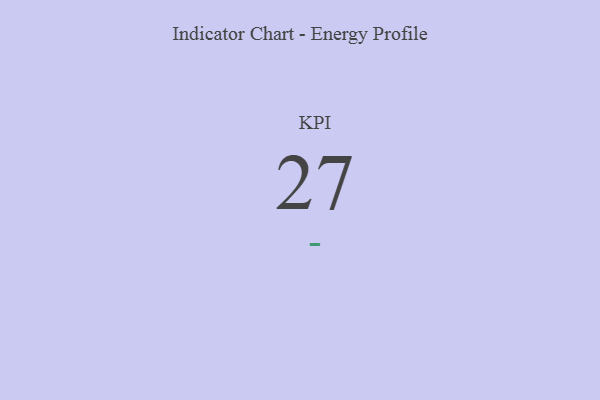
{"axis": {"x": "KPI", "y": "Value"}, "legend": [""], "data": [{"x": "KPI", "y": 27, "type": ""}]}